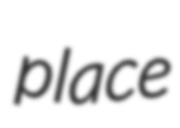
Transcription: place